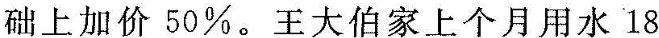
础上加价50\%。王大伯家上个月用水18